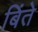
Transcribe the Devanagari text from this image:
बिंते